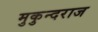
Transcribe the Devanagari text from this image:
मुकुन्दराज